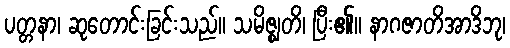
ပတ္တနာ၊ ဆုတောင်းခြင်းသည်။ သမိဇ္ဈတိ၊ ပြီး၏။ နာဂဇာတိအာဒိဘု၊